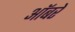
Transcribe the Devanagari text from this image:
ऑबरे